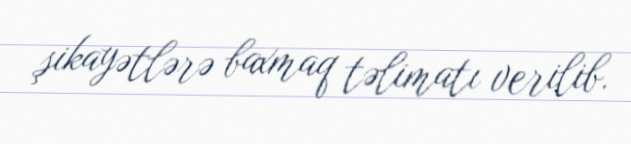
şikayətlərə baxmaq təlimatı verilib.